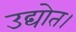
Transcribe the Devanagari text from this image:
उद्योत।